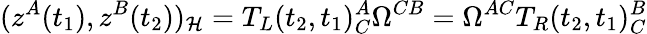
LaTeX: (z^{A}(t_{1}),z^{B}(t_{2}))_{\cal H}=T_{L}(t_{2},t_{1})_{C}^{A}\Omega^{CB}=\Omega^{AC}T_{R}(t_{2},t_{1})_{C}^{B}